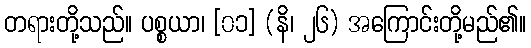
တရားတို့သည်။ ပစ္စယာ၊ [၀၁] (နိ၊ ၂၆) အကြောင်းတို့မည်၏။